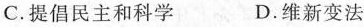
C. 提倡民主和科学 D. 维新变法